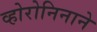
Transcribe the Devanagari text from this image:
व्होरोनिनाने